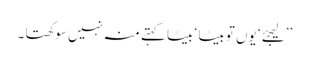
’’لیجئے ‘ یوں تو بیٹا ‘ بیٹا کہتے منہ نہیں سوکھتا ۔